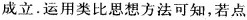
成立.运用类比思想方法可知，若点